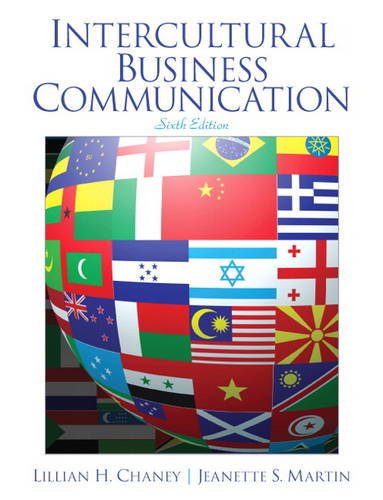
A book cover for Intercultural Business Communication (6th Edition); Lillian Chaney; Business & Money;